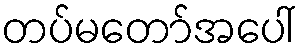
တပ်မတော်အပေါ်